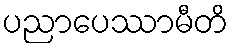
ပညာပေဿာမီတိ